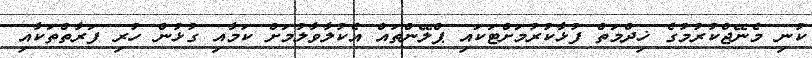
ކުނި މެނޭޖްކުރުމުގެ ޚިދްމަތް ފުޅާކުރުމަށްޓަކައި ޕްލޭންތައް އެކުލާވާލުމަށް ކަމާއި ގުޅުން ހުރި ފަރާތްތަކާއި